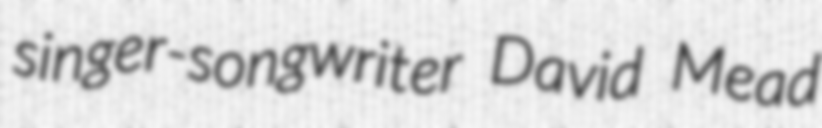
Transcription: singer-songwriter David Mead